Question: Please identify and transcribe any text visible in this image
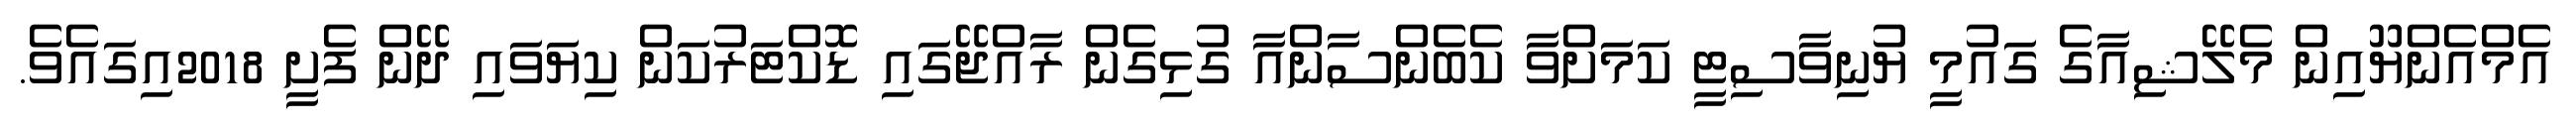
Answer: އެމްއެންޔޫއިން މެލޭޝިއާގެ ގައުމީ ޔުނިވާސިޓީ ކަމަށްވާ ކެބެންސާންއާ ގުޅިގެން ރާއްޖޭގައި ޑޮކްޓަރުކަން ކިޔަވައި ދޭން ފެށީ 2018އިގައެވެ.